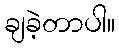
ချခဲ့တာပါ။